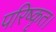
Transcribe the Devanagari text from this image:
परिष्कृत।